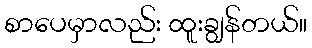
စာပေမှာလည်း ထူးချွန်တယ်။